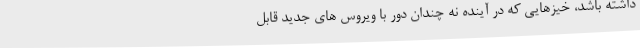
داشته باشد، خیزهایی که در آینده نه چندان دور با ویروس های جدید قابل